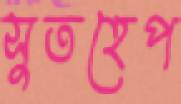
সুতহেপ